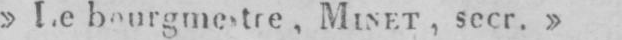
MINET, secr.»